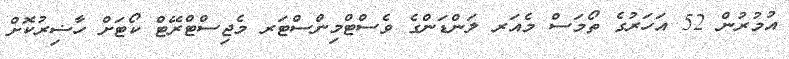
އުމުރުން 52 އަހަރުގެ ތޯމަސް މެއަރ ލަންޑަންގެ ވެސްޓްމިންސްޓަރ މެޖިސްޓްރޭޓް ކޯޓަށް ހާޟިރުކޮށް